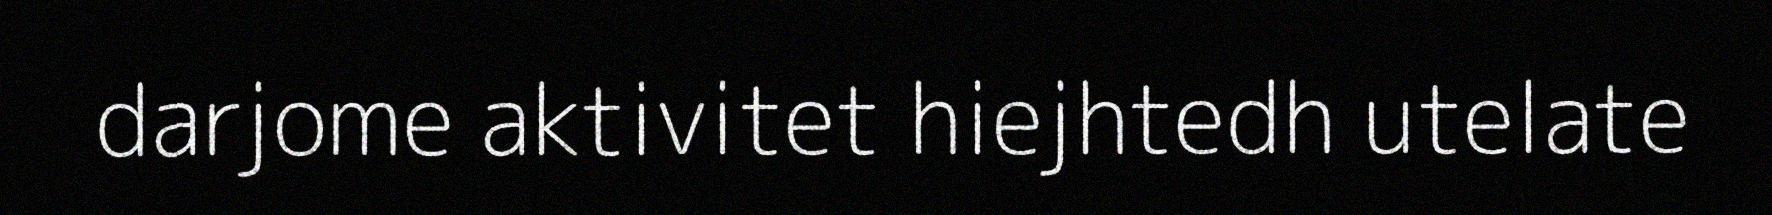
darjome aktivitet hiejhtedh utelate